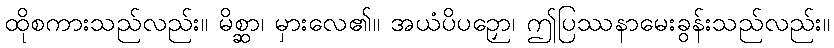
ထိုစကားသည်လည်း။ မိစ္ဆာ၊ မှားလေ၏။ အယံပိပဉှော၊ ဤပြဿနာမေးခွန်းသည်လည်း။